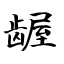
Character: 龌